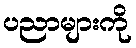
ပညာများကို